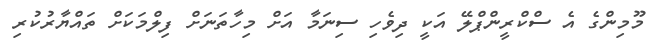
މޫމިންގެ އެ ސްކްރީންޕްލޭ އަކީ ދިވެހި ސިނަމާ އަށް މިހާތަނަށް ފިލްމަކަށް ތައްޔާރުކުރި